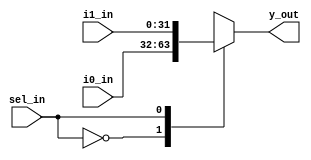
module mux2 (y_out,i0_in,i1_in,sel_in);
parameter BUS_WIDTH = 32;

output [BUS_WIDTH-1 : 0] y_out;
input [BUS_WIDTH-1 : 0] i0_in;
input [BUS_WIDTH-1 : 0] i1_in; 	
input sel_in;

reg [BUS_WIDTH-1 : 0] y_out;
wire[BUS_WIDTH-1 : 0] i0_in;
wire[BUS_WIDTH-1 : 0] i1_in;
wire sel_in;

always @(*)
begin
	case (sel_in)
		1'b0 : y_out <= i0_in;
		1'b1 : y_out <= i1_in;
	endcase
end
endmodule